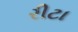
રીટા